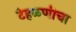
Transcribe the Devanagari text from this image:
टेहळणीचा